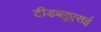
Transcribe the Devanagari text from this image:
टीडब्लूएसई